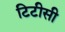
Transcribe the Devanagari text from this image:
टिटीसी